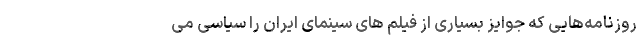
روزنامه‌هایی که جوایز بسیاری از فیلم های سینمای ایران را سیاسی می